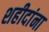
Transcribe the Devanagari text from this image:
शहीदांना